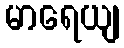
မာရေယျ